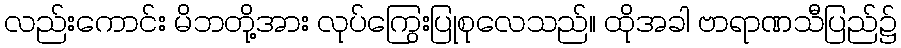
လည်းကောင်း မိဘတို့အား လုပ်ကြွေးပြုစုလေသည်။ ထိုအခါ ဗာရာဏသီပြည်၌